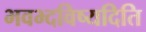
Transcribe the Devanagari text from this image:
भवभ्दविष्यदिति